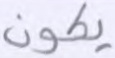
يكون